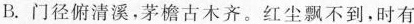
B.门径俯清溪，茅檐古木齐。红尘飘不到，时有